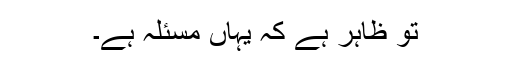
تو ظاہر ہے کہ یہاں مسئلہ ہے۔